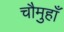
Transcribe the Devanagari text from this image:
चौमुहाँ